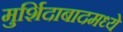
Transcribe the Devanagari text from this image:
मुर्शिदाबादमध्ये